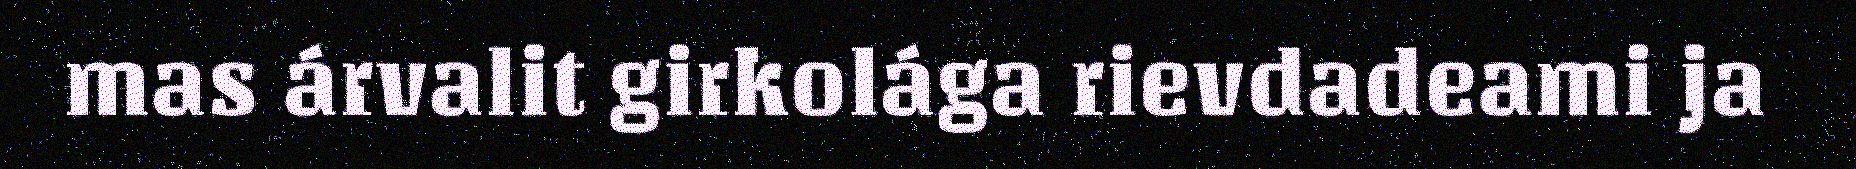
mas árvalit girkolága rievdadeami ja